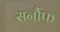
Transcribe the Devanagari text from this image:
सर्नौफ